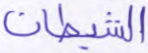
الشيطان